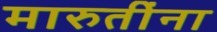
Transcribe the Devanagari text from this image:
मारुतींना